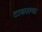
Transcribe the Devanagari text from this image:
टाकाल्या